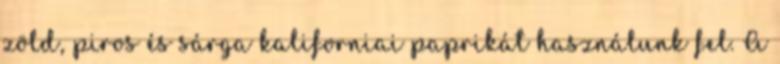
zöld, piros és sárga kaliforniai paprikát használunk fel. A